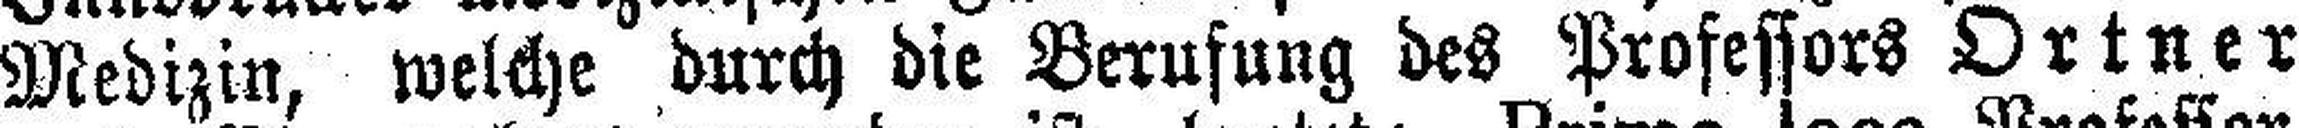
Medizin, welche durch die Berufung des Professors Ortner